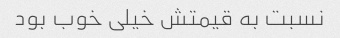
نسبت به قیمتش خیلی خوب بود